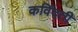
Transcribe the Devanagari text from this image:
कविंदती